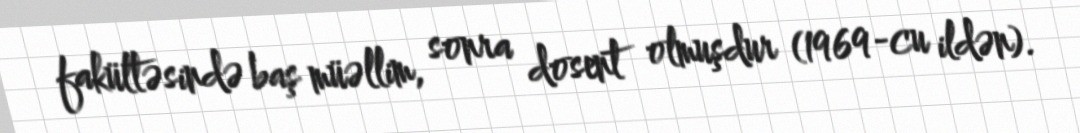
fakültəsində baş müəllim, sonra dosent olmuşdur (1969-cu ildən).